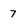
Character: 7